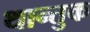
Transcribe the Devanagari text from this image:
थान्तुक